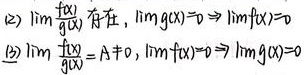
(2) \(\lim\frac{f(x)}{g(x)}\)存在，\(\lim g(x)=0\Rightarrow\lim f(x)=0\)
(3) \(\lim\frac{f(x)}{g(x)}=A\neq0\)，\(\lim f(x)=0\Rightarrow\lim g(x)=0\)